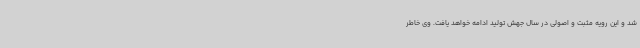
شد و این رویه مثبت و اصولی در سال جهش تولید ادامه خواهد یافت. وی خاطر